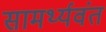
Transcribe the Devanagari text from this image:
सामर्थ्यवंत